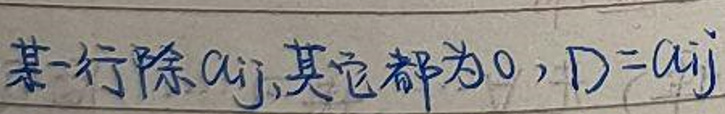
某一行除 $a_{ij}$, 其它都为 $0$, $D = a_{ij}$